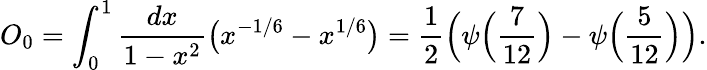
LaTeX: O_{0}=\int_{0}^{1}{\frac{dx}{1-x^{2}}}\bigl(x^{-1/6}-x^{1/6}\bigr)={\frac{1}{2}}\Bigl(\psi\Bigl({\frac{7}{12}}\Bigr)-\psi\Bigl({\frac{5}{12}}\Bigr)\Bigr).